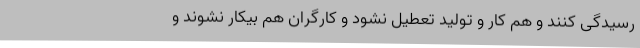
رسیدگی کنند و هم کار و تولید تعطیل نشود و کارگران هم بیکار نشوند و